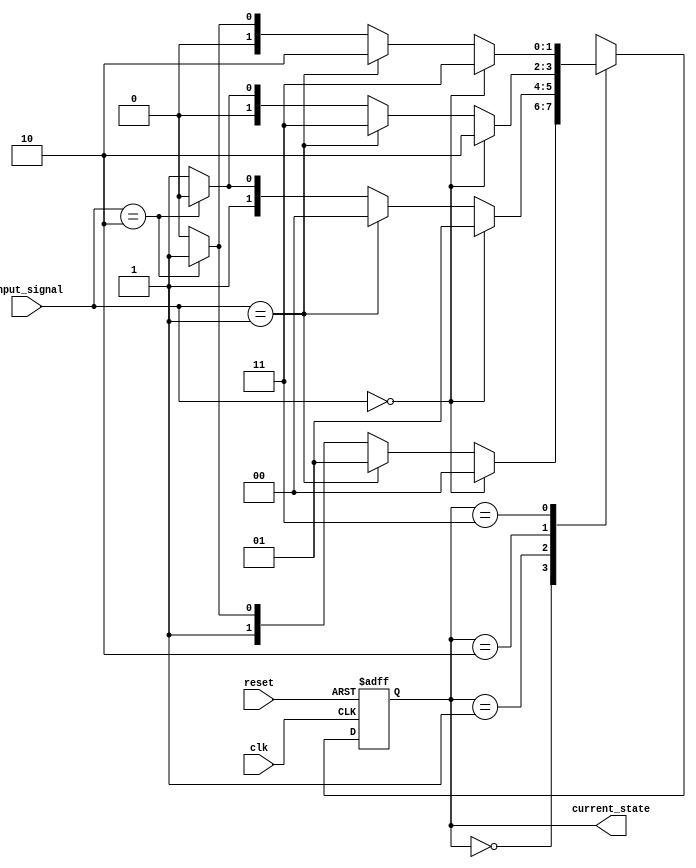
module gray_code_state_machine (
    input wire clk,
    input wire reset,
    input wire [1:0] input_signal,
    output reg [1:0] current_state
);

reg [1:0] next_state;

always @(posedge clk or posedge reset) begin
    if (reset) begin
        current_state <= 2'b00;
    end else begin
        current_state <= next_state;
    end
end

always @(*) begin
    case (current_state)
        2'b00: begin
            if (input_signal == 2'b00) begin
                next_state = 2'b00;
            end else if (input_signal == 2'b01) begin
                next_state = 2'b01;
            end else if (input_signal == 2'b10) begin
                next_state = 2'b11;
            end else begin
                next_state = 2'b10;
            end
        end
        2'b01: begin
            if (input_signal == 2'b00) begin
                next_state = 2'b01;
            end else if (input_signal == 2'b01) begin
                next_state = 2'b00;
            end else if (input_signal == 2'b10) begin
                next_state = 2'b10;
            end else begin
                next_state = 2'b11;
            end
        end
        2'b10: begin
            if (input_signal == 2'b00) begin
                next_state = 2'b10;
            end else if (input_signal == 2'b01) begin
                next_state = 2'b11;
            end else if (input_signal == 2'b10) begin
                next_state = 2'b00;
            end else begin
                next_state = 2'b01;
            end
        end
        2'b11: begin
            if (input_signal == 2'b00) begin
                next_state = 2'b11;
            end else if (input_signal == 2'b01) begin
                next_state = 2'b10;
            end else if (input_signal == 2'b10) begin
                next_state = 2'b01;
            end else begin
                next_state = 2'b00;
            end
        end
    endcase
end

endmodule